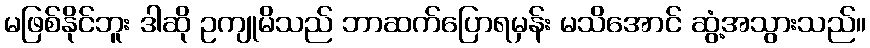
မဖြစ်နိုင်ဘူး ဒါဆို ဥကျုမိသည် ဘာဆက်ပြောရမှန်း မသိအောင် ဆွံ့အသွားသည်။